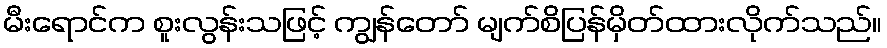
မီးရောင်က စူးလွန်းသဖြင့် ကျွန်တော် မျက်စိပြန်မှိတ်ထားလိုက်သည်။